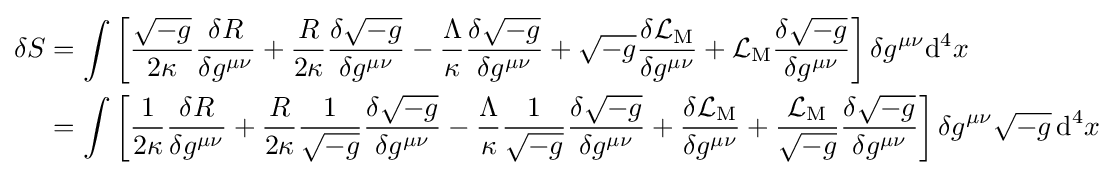
{\begin{aligned}\delta S&=\int \left[{\frac {\sqrt {-g}}{2\kappa }}{\frac {\delta R}{\delta g^{\mu \nu }}}+{\frac {R}{2\kappa }}{\frac {\delta {\sqrt {-g}}}{\delta g^{\mu \nu }}}-{\frac {\Lambda }{\kappa }}{\frac {\delta {\sqrt {-g}}}{\delta g^{\mu \nu }}}+{\sqrt {-g}}{\frac {\delta {\mathcal {L}}_{\mathrm {M} }}{\delta g^{\mu \nu }}}+{\mathcal {L}}_{\mathrm {M} }{\frac {\delta {\sqrt {-g}}}{\delta g^{\mu \nu }}}\right]\delta g^{\mu \nu }\mathrm {d} ^{4}x\\&=\int \left[{\frac {1}{2\kappa }}{\frac {\delta R}{\delta g^{\mu \nu }}}+{\frac {R}{2\kappa }}{\frac {1}{\sqrt {-g}}}{\frac {\delta {\sqrt {-g}}}{\delta g^{\mu \nu }}}-{\frac {\Lambda }{\kappa }}{\frac {1}{\sqrt {-g}}}{\frac {\delta {\sqrt {-g}}}{\delta g^{\mu \nu }}}+{\frac {\delta {\mathcal {L}}_{\mathrm {M} }}{\delta g^{\mu \nu }}}+{\frac {{\mathcal {L}}_{\mathrm {M} }}{\sqrt {-g}}}{\frac {\delta {\sqrt {-g}}}{\delta g^{\mu \nu }}}\right]\delta g^{\mu \nu }{\sqrt {-g}}\,\mathrm {d} ^{4}x\end{aligned}}